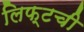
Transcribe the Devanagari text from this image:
लिफ्टची